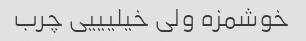
خوشمزه ولی خیلیییی چرب